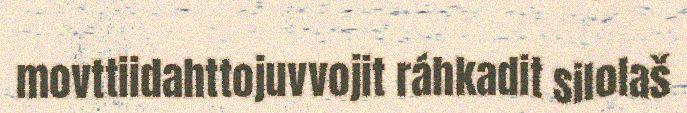
movttiidahttojuvvojit ráhkadit silolaš